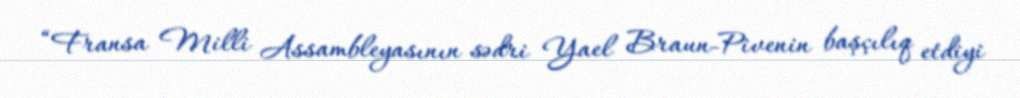
“Fransa Milli Assambleyasının sədri Yael Braun-Pivenin başçılıq etdiyi